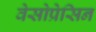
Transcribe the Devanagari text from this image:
वेसोप्रेसिन